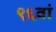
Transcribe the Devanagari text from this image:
९६वां